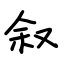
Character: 叙